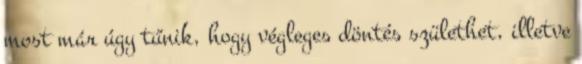
most már úgy tűnik, hogy végleges döntés születhet, illetve